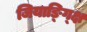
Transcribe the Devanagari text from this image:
जियाङ्ग्क्षि